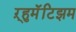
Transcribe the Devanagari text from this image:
ऱ्हुमॅटिझम